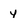
Character: y